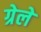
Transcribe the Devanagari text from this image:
ग्रेले